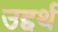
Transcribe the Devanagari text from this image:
उद्दर्थ